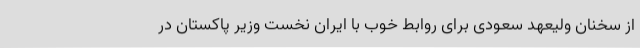
از سخنان ولیعهد سعودی برای روابط خوب با ایران نخست وزیر پاکستان در